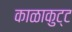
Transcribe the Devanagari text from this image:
काळाकुट्ट